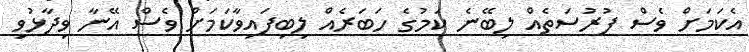
އެކަމަށް ވެސް ފުރުސަތެއް ލިބޭނެ ކަމުގެ ހަބަރެއް ލިބިފައިވާކަމަށް ވެސް އޭނާ ވިދާޅުވި